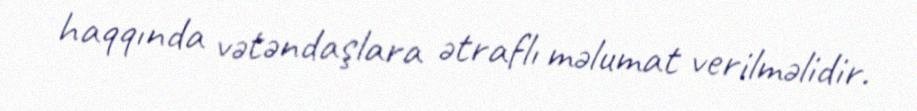
haqqında vətəndaşlara ətraflı məlumat verilməlidir.